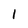
Character: 1